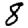
Digit: 8